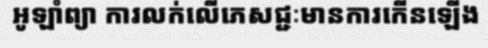
អូឡាំព្យា ការលក់លើភេសជ្ជៈមានការកើនឡើង